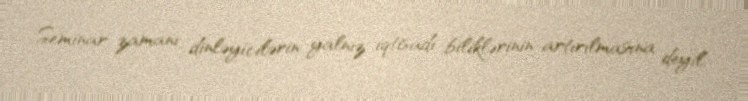
Seminar zamanı dinləyicilərin yalnız iqtisadi biliklərinin artırılmasına deyil,